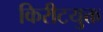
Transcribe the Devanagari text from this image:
किरीटयुक्त